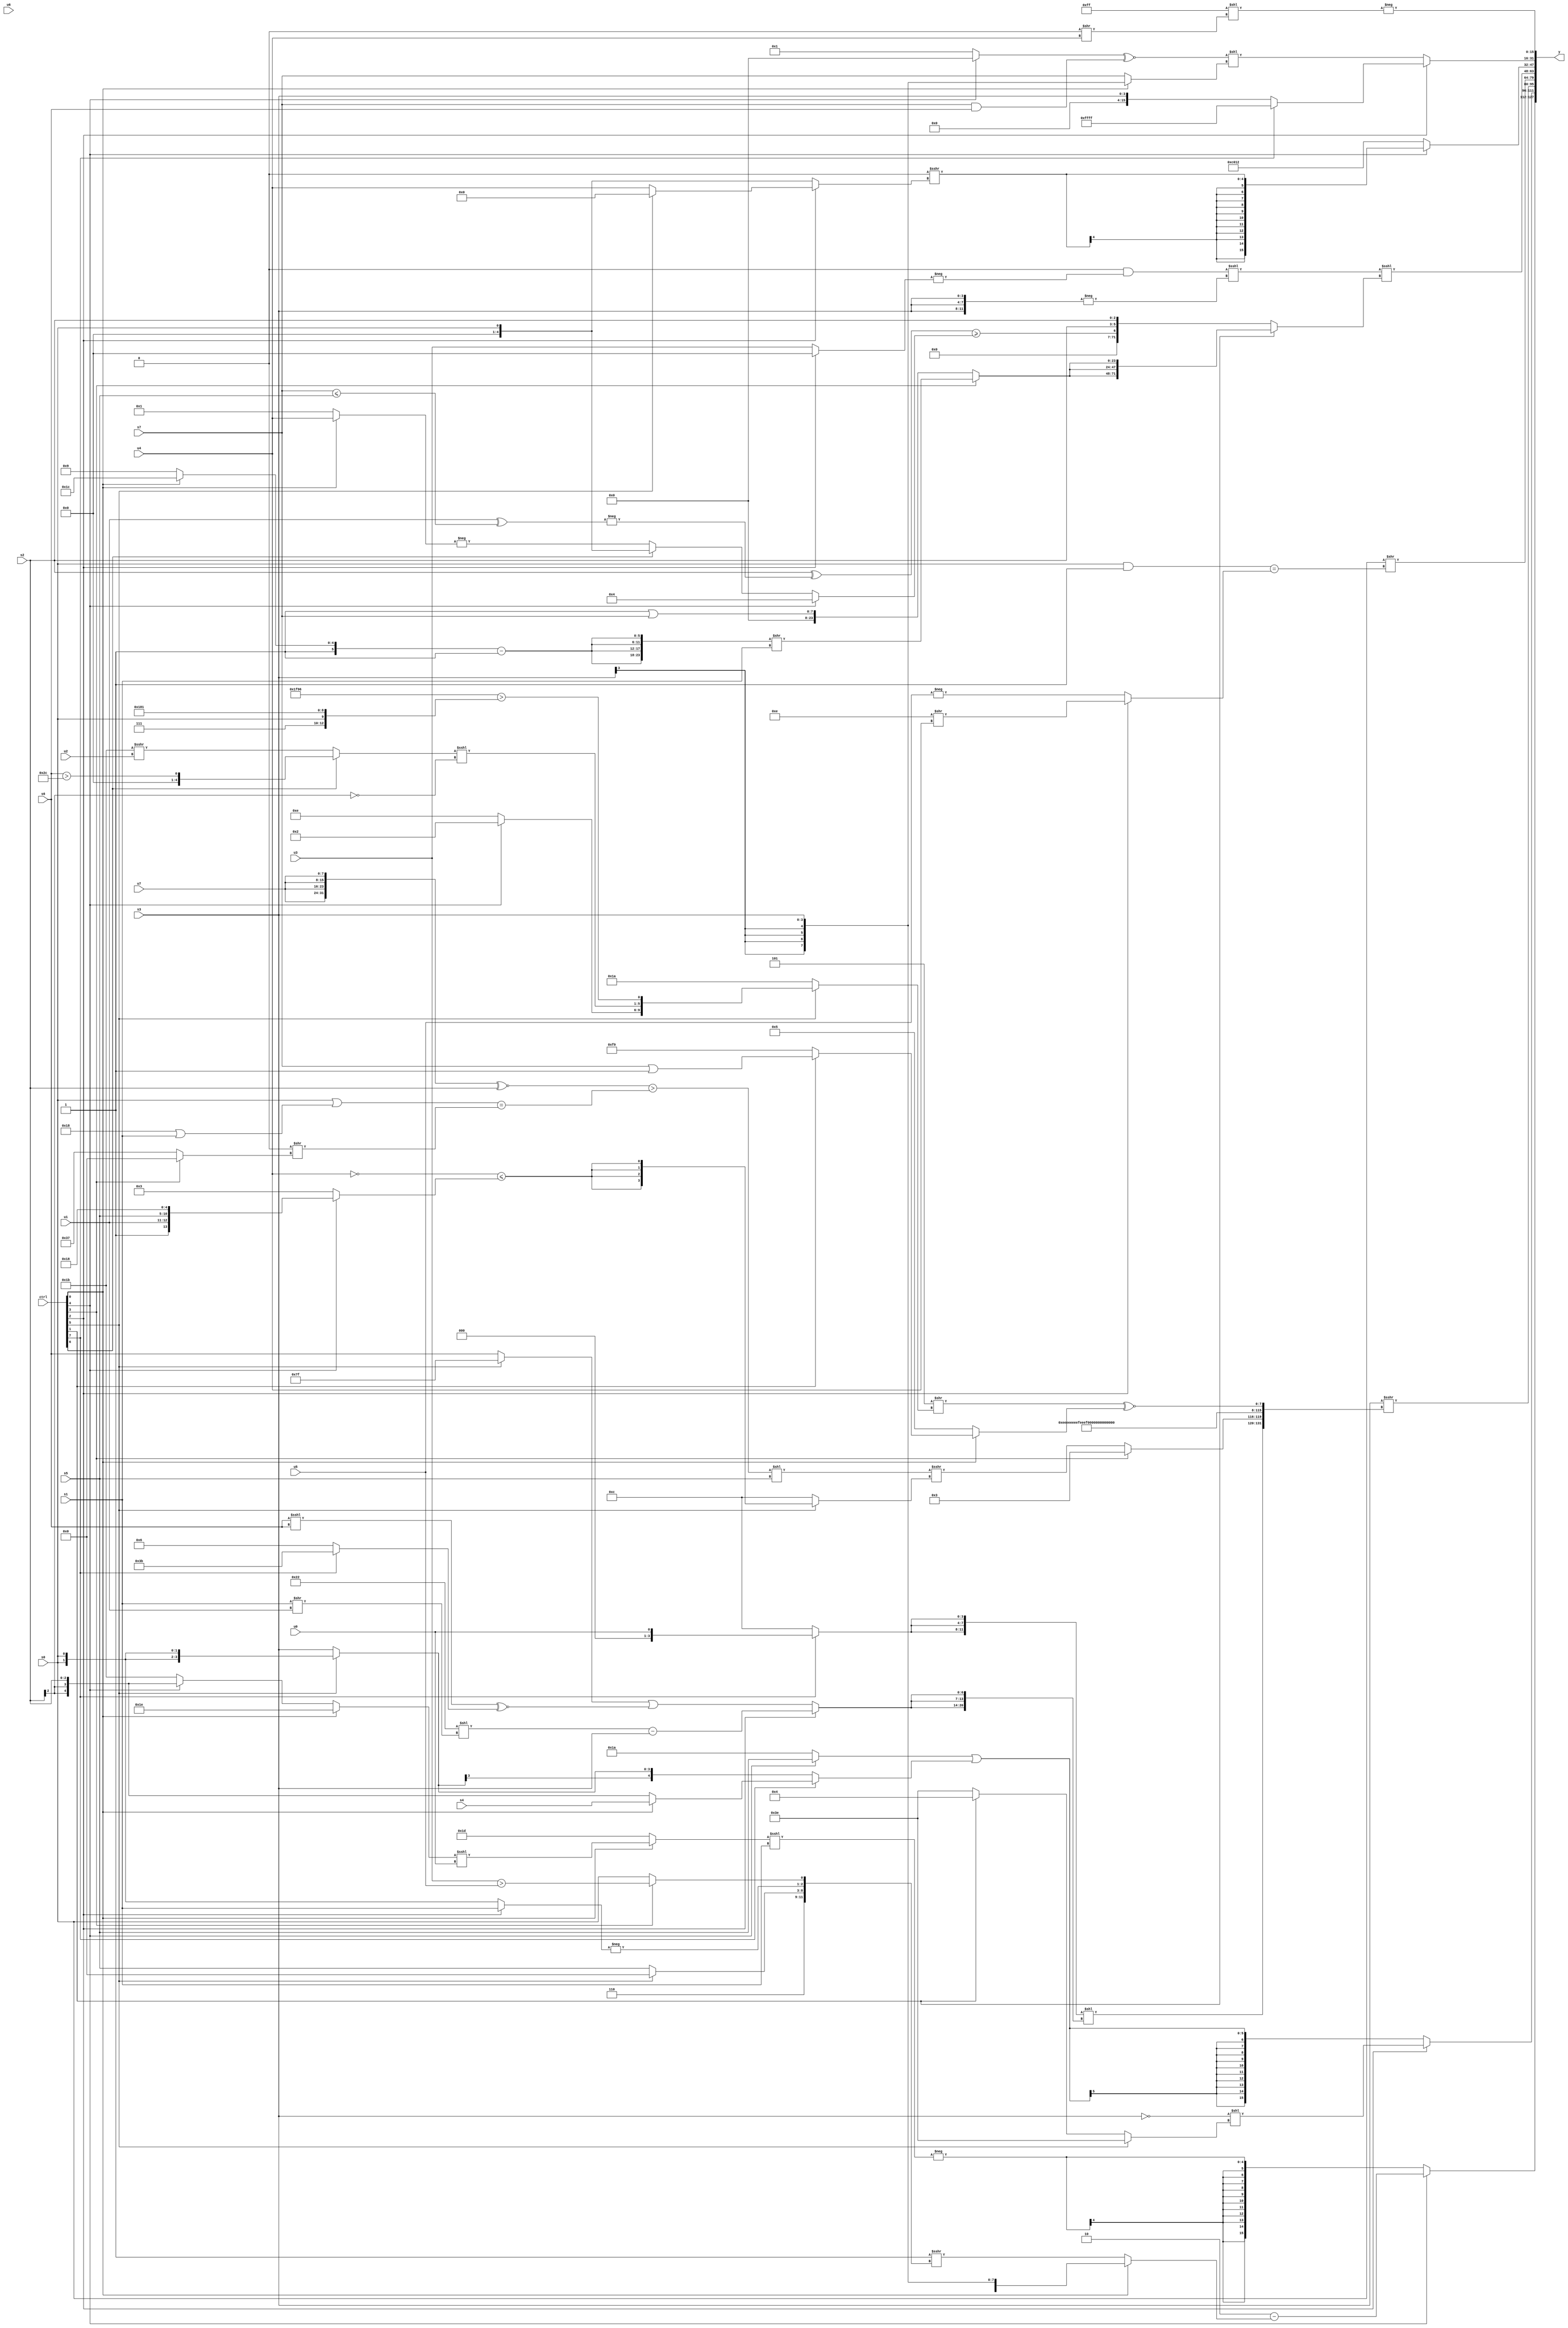
module wideexpr_00669(ctrl, u0, u1, u2, u3, u4, u5, u6, u7, s0, s1, s2, s3, s4, s5, s6, s7, y);
  input [7:0] ctrl;
  input [0:0] u0;
  input [1:0] u1;
  input [2:0] u2;
  input [3:0] u3;
  input [4:0] u4;
  input [5:0] u5;
  input [6:0] u6;
  input [7:0] u7;
  input signed [0:0] s0;
  input signed [1:0] s1;
  input signed [2:0] s2;
  input signed [3:0] s3;
  input signed [4:0] s4;
  input signed [5:0] s5;
  input signed [6:0] s6;
  input signed [7:0] s7;
  output [127:0] y;
  wire [15:0] y0;
  wire [15:0] y1;
  wire [15:0] y2;
  wire [15:0] y3;
  wire [15:0] y4;
  wire [15:0] y5;
  wire [15:0] y6;
  wire [15:0] y7;
  assign y = {y0,y1,y2,y3,y4,y5,y6,y7};
  assign y0 = (ctrl[4]?(3'sb110)-((ctrl[0]?s3:($signed(5'sb11111))>>>({$signed(5'sb00110),(ctrl[5]?(6'sb010010)==(1'b1):s5),-((ctrl[2]?+(s1):+(s0))),(ctrl[3]?$signed((u3)>(u5)):s0)}))):$signed(-(((ctrl[0]?((ctrl[0]?+(2'sb10):(ctrl[4]?s2:5'sb11011)))<<<(u0):3'sb101))<<<(s1))));
  assign y1 = (ctrl[2]?($signed(+((s3)==(2'sb00))))<<((ctrl[5]?(2'sb00)-((4'sb1110)^(3'sb100)):$signed((ctrl[1]?6'sb000100:2'sb10)))):((ctrl[4]?s5:6'sb011010))|($signed((ctrl[7]?(ctrl[0]?s4:s2):(ctrl[5]?s0:s3)))));
  assign y2 = (s3)>>>({$signed(($unsigned({3{(ctrl[7]?u0:4'b1100)}}))<<({3{(ctrl[2]?((6'sb100010)<<((s1)>>(u1)))-(s3):((ctrl[5]?-(3'b001):$signed(s6)))|(((s6)<<<(s6))^~((ctrl[7]?6'sb111011:4'sb0110))))}})),(ctrl[3]?$unsigned(4'sb0011):(((({4{u7}})^~(s2))>((((s0)>>>(4'b1000))|((6'sb011000)|(s1)))==(((s3)>>(6'sb111100))>>((ctrl[3]?1'sb0:6'sb110111)))))<<(s5))>>>((ctrl[5]?$signed(($signed(~(u4)))<=((ctrl[4]?{2'sb01,u1,s5,5'sb11000}:4'b0011))):4'sb1100))),{{3{-({{3{{3{$signed(4'sb0001)}}}}})}}},((5'sb11101)>>((ctrl[5]?{(ctrl[4]?4'sb0010:+(2'sb10)),((ctrl[6]?(s6)>(6'sb101100):(5'b11011)>>>(u2)))<<<(~((s2)>>>(3'sb011))),(({5'sb11010,2'sb01})^~((2'b01)>>(3'b100)))>({3'sb111,$unsigned(s0),{3'sb110,6'sb000001}})}:5'sb11010)))^~((ctrl[0]?(ctrl[1]?(s7)|(-(6'sb000001)):$signed(~(5'sb00110))):$signed(4'sb0101)))});
  assign y3 = (s0)>>(((s0)&($signed(~&(+({6'sb110101,(6'b110111)|(4'b0000)})))))==((ctrl[2]?(6'sb001110)>>(u4):-($signed(u5)))));
  assign y4 = ((((-(3'sb111))+(4'sb1111))&($signed(-((ctrl[2]?{1{(3'sb110)>>((6'sb011101)^(5'sb10000))}}:u3)))))<<<(-({3{s3}})))<<<((ctrl[1]?{3{(ctrl[3]?$unsigned(({4{((ctrl[0]?6'sb111100:6'sb101001))-(^(1'sb1))}})>>(s1)):(2'sb01)|({1{s7}}))}}:{((s2)^(-((+(u1))^($signed((s7)<=(s5))))))>=((ctrl[4]?4'sb0100:(ctrl[6]?s0:-($signed((ctrl[0]?u4:5'sb00001)))))),+($signed(s2)),(s2)<<(1'sb0)}));
  assign y5 = (ctrl[4]?$signed((5'sb00000)>>>((ctrl[2]?(ctrl[5]?{1'sb0}:u4):s0))):($signed($signed({$signed(4'sb1110),(s7)<<(5'sb11111),5'b10001})))-(1'sb1));
  assign y6 = (ctrl[2]?(ctrl[7]?-((!(($unsigned((ctrl[2]?(2'b11)&(1'b0):(5'b11110)<<(s2))))>>>((ctrl[3]?s1:((ctrl[3]?4'b1101:6'sb111000))+((1'sb0)-(u3))))))|(2'sb01)):s3):(((ctrl[4]?-(((ctrl[4]?{(1'sb1)-(s5),+(5'sb11101),1'sb0}:s2))>>(4'sb1111)):(ctrl[4]?$signed({4{(+(1'sb1))^(s2)}}):1'sb1)))^~((s7)&(s6)))<<({1{(ctrl[0]?s3:s7)}}));
  assign y7 = -($unsigned($signed(({4{2'b11}})<<(((s4)<<(5'b00110))>>($signed(u4))))));
endmodule